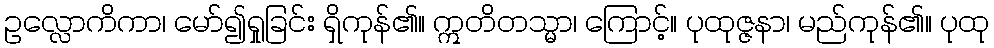
ဥလ္လောကိကာ၊ မော်၍ရှုခြင်း ရှိကုန်၏။ ဣတိတသ္မာ၊ ကြောင့်။ ပုထုဇ္ဇနာ၊ မည်ကုန်၏။ ပုထု